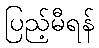
ပြည့်မီရန်